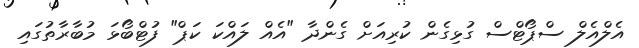
އެލްއެލް ސްޕޯޓްސް ގުޅިގެން ކުރިއަށް ގެންދާ "އެއް ލައްކަ ކަޕް" ފުޓްބޯޅަ މުބާރާތުގައި